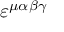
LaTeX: \varepsilon ^ { \mu \alpha \beta \gamma }